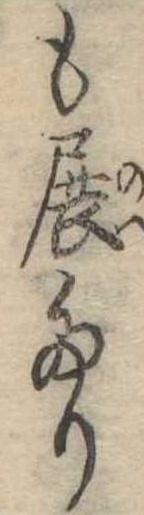
も展たり